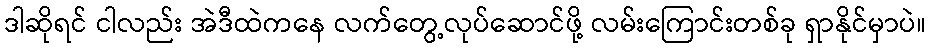
ဒါဆိုရင် ငါလည်း အဲဒီထဲကနေ လက်တွေ့လုပ်ဆောင်ဖို့ လမ်းကြောင်းတစ်ခု ရှာနိုင်မှာပဲ။